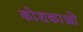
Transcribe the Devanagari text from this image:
कोशकाओं